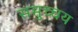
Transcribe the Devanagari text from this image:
समुच्‍चय